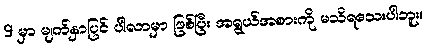
9 မှာ မျက်နှာပြင် ပါလာမှာ ဖြစ်ပြီး အရွယ်အစားကို မသိရသေးပါဘူး။